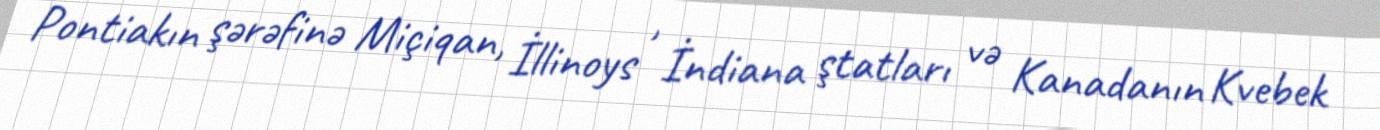
Pontiakın şərəfinə Miçiqan, İllinoys , İndiana ştatları və Kanadanın Kvebek